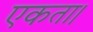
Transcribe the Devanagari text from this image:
एकता।